Senior Leaving Certificate Examination (including Day School Certificate (Higher) General paper), 1948
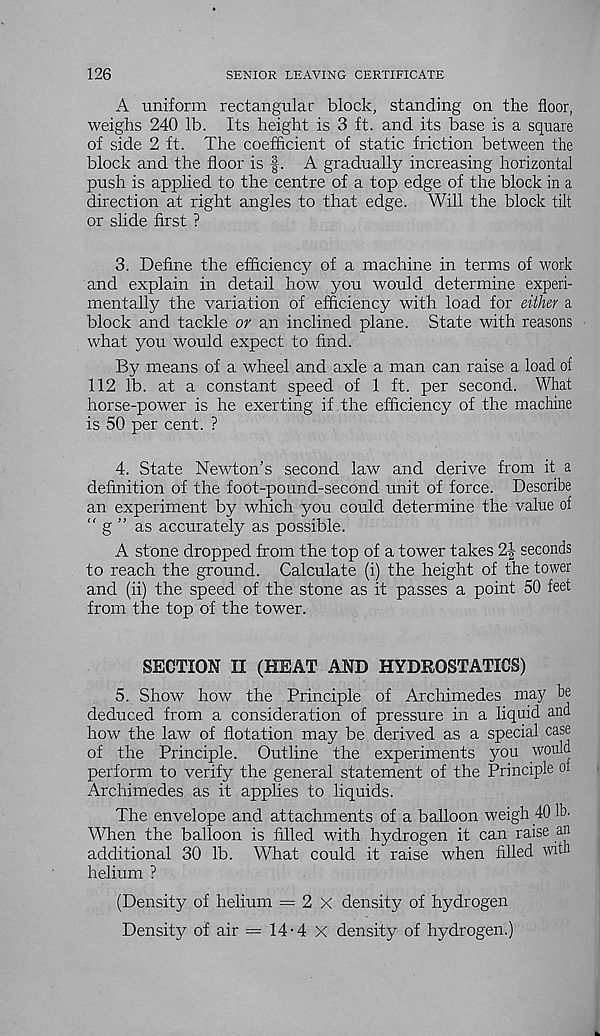
126
SENIOR LEAVING CERTIFICATE
A uniform rectangular block, standing on the floor,
weighs 240 lb. Its height is 3 ft. and its base is a square
of side 2 ft. The coefficient of static friction between the
block and the floor is f. A gradually increasing horizontal
push is applied to the centre of a top edge of the block in a
direction at right angles to that edge. Will the block tilt
or slide first ?
3. Define the efficiency of a machine in terms of work
and explain in detail how you would determine experi-
mentally the variation of efficiency with load for either a
block and tackle or an inclined plane. State with reasons
what you would expect to find.
By means of a wheel and axle a man can raise a load of
112 lb. at a constant speed of 1 ft. per second. What
horse-power is he exerting if the efficiency of the machine
is 50 per cent. ?
4. State Newton’s second law and derive from it a
definition of the foot-pound-second unit of force. Describe
an experiment by which you could determine the value of
“ g ” as accurately as possible.
A stone dropped from the top of a tower takes 2J seconds
to reach the ground. Calculate (i) the height of the tower
and (ii) the speed of the stone as it passes a point 50 feet
from the top of the tower.
SECTION II (HEAT AND HYDROSTATICS)
5. Show how the Principle of Archimedes may be
deduced from a consideration of pressure in a liquid and
how the law of flotation may be derived as a special case
of the Principle. Outline the experiments you would
perform to verify the general statement of the Principle of
Archimedes as it applies to liquids.
The envelope and attachments of a balloon weigh 40 lb-
When the balloon is filled with hydrogen it can raise an
additional 30 lb. What could it raise when filled with
helium ?
(Density of helium = 2 x density of hydrogen
Density of air = 14-4 X density of hydrogen.)